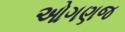
ઓગણજ